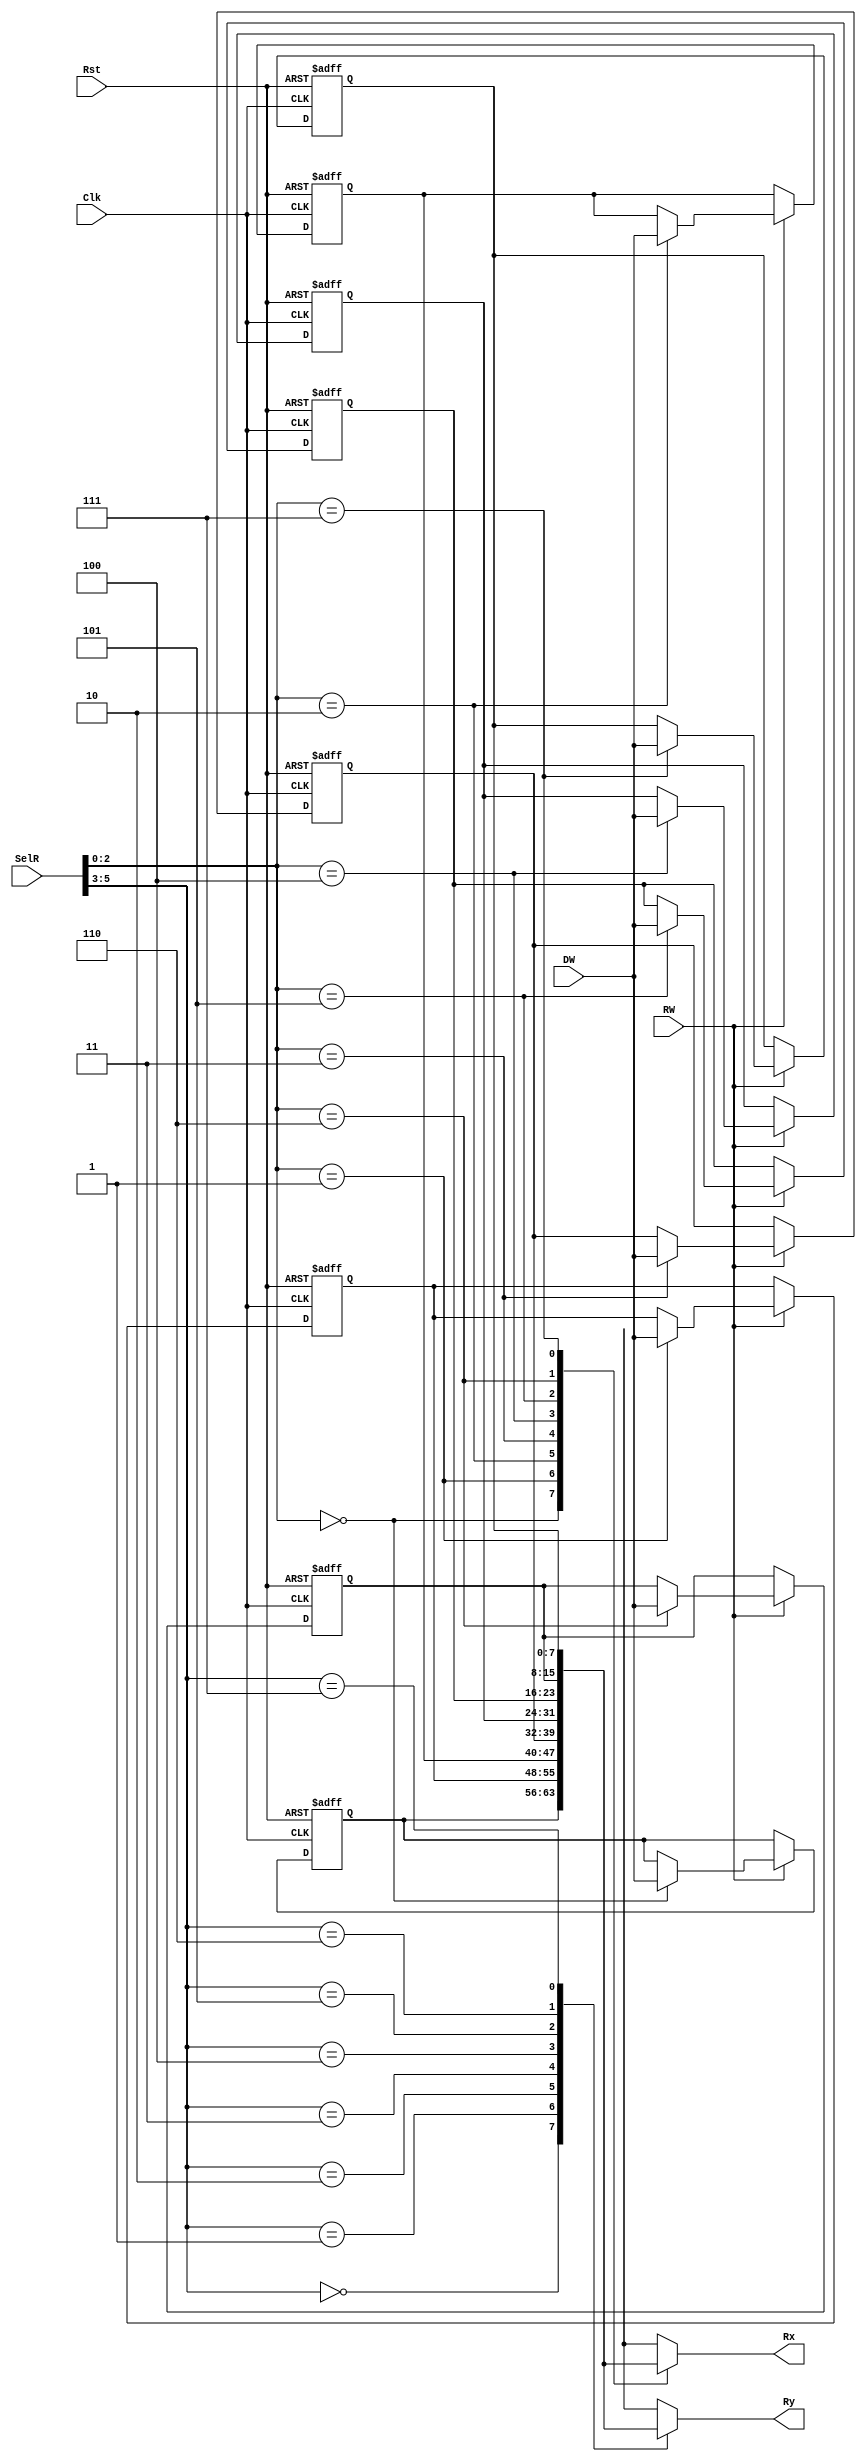
`timescale 1ns / 1ps
//////////////////////////////////////////////////////////////////////////////////
// Company: 
// Engineer: 
// 
// Design Name: 
// Module Name: Banco_Registros
// Project Name: 
// Target Devices: 
// Tool Versions: 
// Description: 
// 
// Dependencies: 
// 
// Revision:
// Revision 0.01 - File Created
// Additional Comments:
// 
//////////////////////////////////////////////////////////////////////////////////


module Banco_Registros(
    input Rst,
    input Clk,
    input [5:0] SelR, // SelR[2:0]->Rx, SelR[5:3]->Ry  
    input  RW, // 0->leer, 1->escribir
    input [7:0] DW,
    output [7:0] Rx,
    output [7:0] Ry
    );
    
    reg [7:0] Rgs [0:7];
    
    always @(posedge Clk, posedge Rst) begin
        if(Rst) 
            begin
                Rgs[0]<=0;
                Rgs[1]<=0;
                Rgs[2]<=0;
                Rgs[3]<=0;
                Rgs[4]<=0;
                Rgs[5]<=0;
                Rgs[6]<=0;
                Rgs[7]<=0; 
            end
        else
            if (RW)
                    Rgs[SelR[2:0]]<=DW;
    end
    
    assign Rx=Rgs[SelR[2:0]];
    assign Ry=Rgs[SelR[5:3]];
endmodule